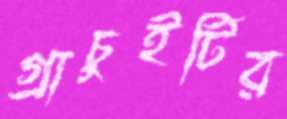
গ্রাচুইটির